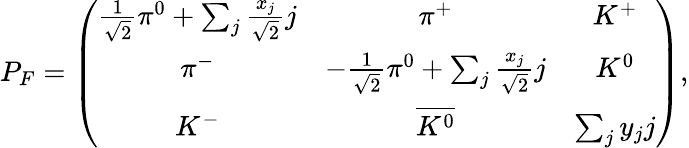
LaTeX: P_{F}=\left(\begin{array}{ccc}{{\frac{1}{\sqrt{2}}\pi^{0}+\sum_{j}\frac{x_{j}}{\sqrt{2}}j}}&{{\pi^{+}}}&{{K^{+}}}\\ {{\pi^{-}}}&{{-\frac{1}{\sqrt{2}}\pi^{0}+\sum_{j}\frac{x_{j}}{\sqrt{2}}j}}&{{K^{0}}}\\ {{K^{-}}}&{{\overline{{{K^{0}}}}}}&{{\sum_{j}y_{j}j}}\end{array}\right),